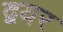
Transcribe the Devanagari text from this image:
द्वयर